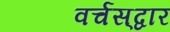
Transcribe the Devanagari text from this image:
वर्चस्‌द्वार